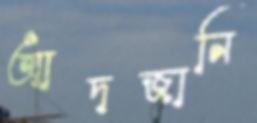
আদজানি